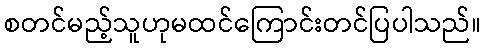
စတင်မည့်သူဟုမထင်ကြောင်းတင်ပြပါသည်။